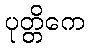
ပုတ္တိကေ